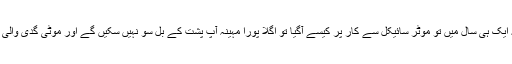
اب آپ اپنے کونسلر سے پوچھ کے دیکھیں کہ بھائی یہ ایک ہی سال میں تو موٹر سائیکل سے کار پر کیسے آگیا تو اگلا پورا مہینہ آپ پشت کے بل سو نہیں سکیں گے اور موٹی گدی والی کرسی پر بیٹھنے سے پہلے بھی دس دفعہ سوچیں گے۔